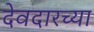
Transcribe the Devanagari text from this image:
देवदारच्या